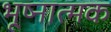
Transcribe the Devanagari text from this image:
भूष्नात्मक